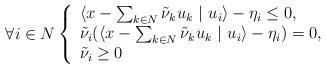
LaTeX: \begin{align*}\forall i \in N\left\{\begin{array}{l}\langle x - \sum_{k\in N} \tilde{\nu}_k u_k \ |\ u_i \rangle - \eta_i \leq 0, \\\tilde{\nu}_i (\langle x - \sum_{k\in N} \tilde{\nu}_k u_k \ |\ u_i \rangle - \eta_i)=0,\\\tilde{\nu}_i\geq 0\end{array} \right.\end{align*}